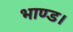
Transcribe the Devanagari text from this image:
भाण्ड।